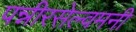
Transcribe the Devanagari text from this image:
पन्नीरसेल्वमनी